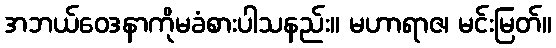
အဘယ်ဝေဒနာကိုမခံစားပါသနည်း။ မဟာရာဇ၊ မင်းမြတ်။